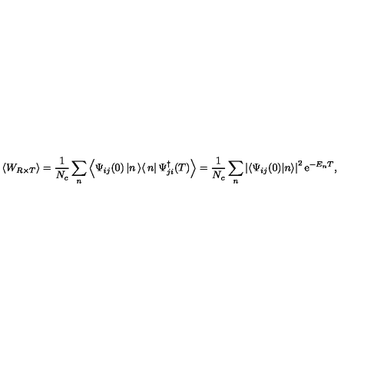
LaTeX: \left< W _ { R \times T } \right> = \frac { 1 } { N _ { c } } \sum _ { n } ^ { } \left< \Psi _ { i j } ( 0 ) \left| n \left> \right< n \right| \Psi _ { j i } ^ { \dagger } ( T ) \right> = \frac { 1 } { N _ { c } } \sum _ { n } ^ { } \left| \left< \Psi _ { i j } ( 0 ) | n \right> \right| ^ { 2 } \mathrm { e } ^ { - E _ { n } T } ,